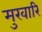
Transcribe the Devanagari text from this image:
मुखारि